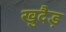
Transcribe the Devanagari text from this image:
खुदैड़